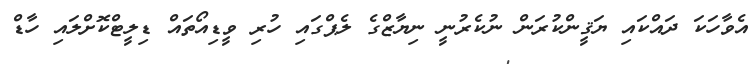
އެވާހަކަ ދައްކައި ޔަޤީންކުރަން ނުކެރުނީ ނިޔާޒްގެ ލެޕްގައި ހުރި ވީޑިއޯތައް ޑިލީޓްކޮށްލައި ހާޑް